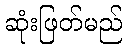
ဆုံးဖြတ်မည်